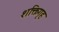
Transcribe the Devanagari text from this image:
शक्तिगृह